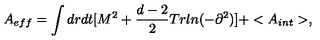
A _ { e f f } = \int d r d t [ M ^ { 2 } + \frac { d - 2 } { 2 } T r l n ( - \partial ^ { 2 } ) ] + < A _ { i n t } > ,